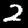
Digit: 2